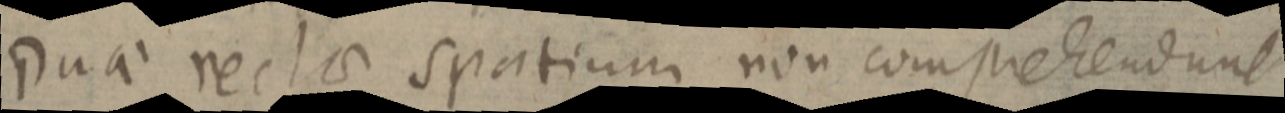
Duae rectae spatium non comprehendunt